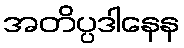
အတိပ္ပဒါနေန